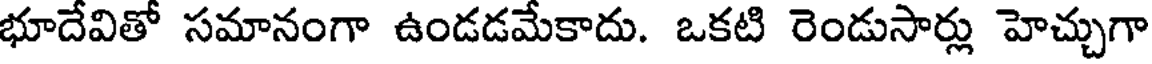
భూదేవితో సమానంగా ఉండడమేకాదు. ఒకటి రెండుసార్లు హెచ్చుగా